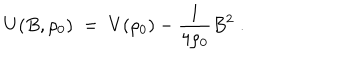
U ( B , \rho _ { 0 } ) \; = \; V ( \rho _ { 0 } ) - \frac { 1 } { 4 \rho _ { 0 } } B ^ { 2 } \; .